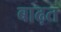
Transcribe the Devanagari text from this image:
बाढ़त